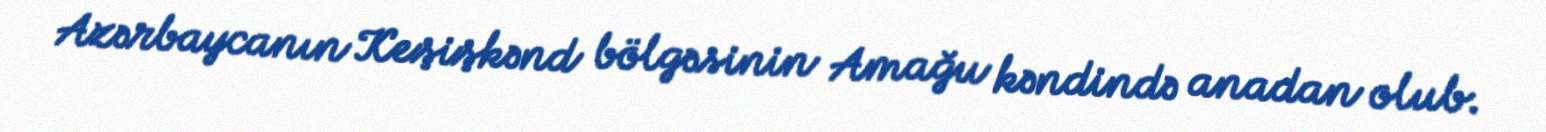
Azərbaycanın Keşişkənd bölgəsinin Amağu kəndində anadan olub.